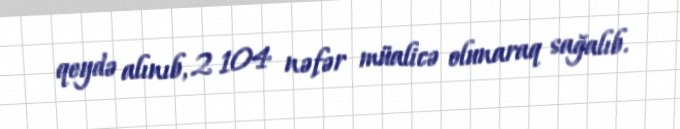
qeydə alınıb, 2 104 nəfər müalicə olunaraq sağalıb.